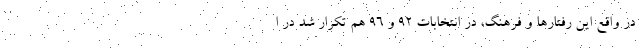
در واقع این رفتارها و فرهنگ، در انتخابات 92 و 96 هم تکرار شد در ا